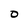
Character: o